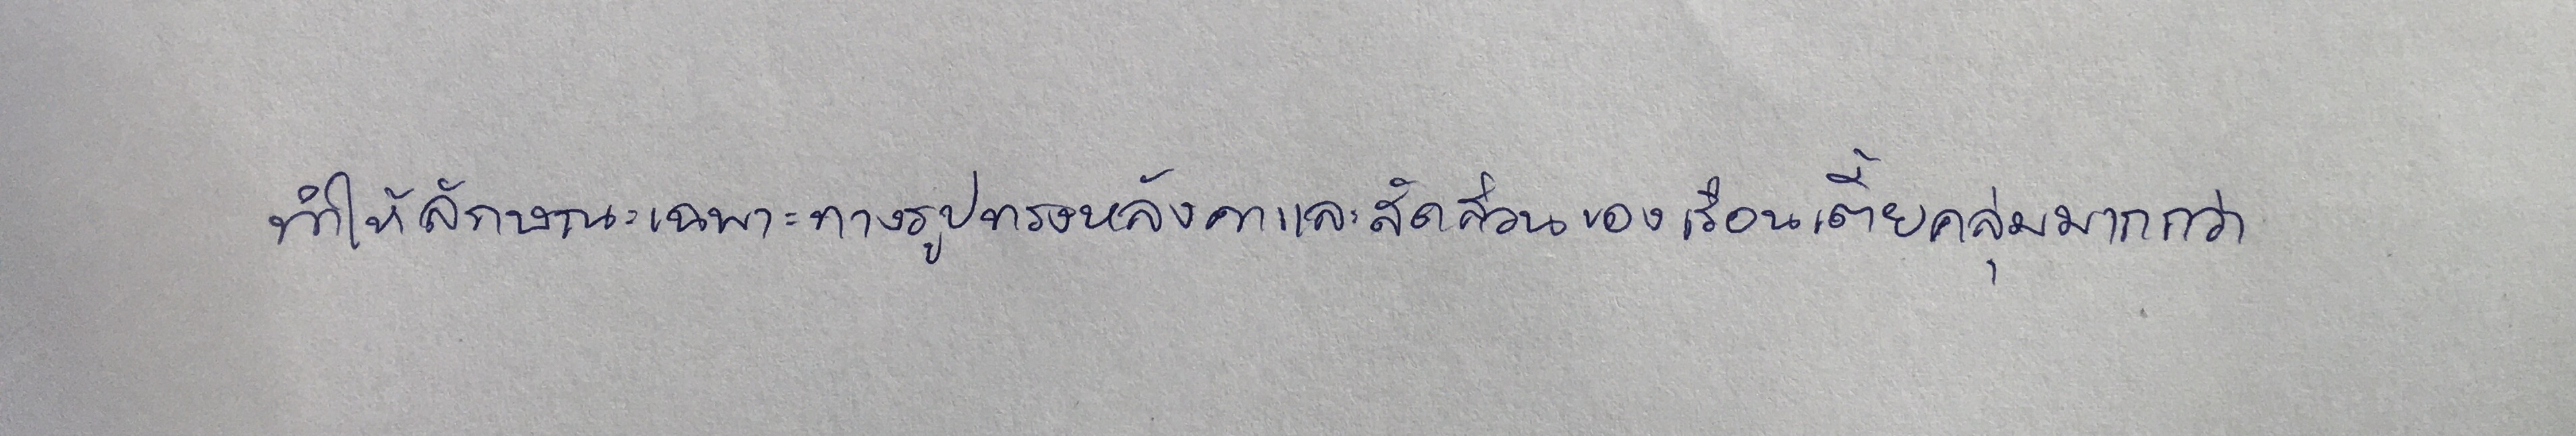
ทำให้ลักษณะเฉพาะทางรูปทรงหลังคาและสัดส่วนของเรือนเตี้ยคลุ่มมากกว่า